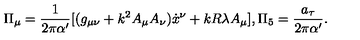
\Pi _ { \mu } = \frac { 1 } { 2 \pi \alpha ^ { \prime } } [ ( g _ { \mu \nu } + k ^ { 2 } A _ { \mu } A _ { \nu } ) { \dot { x } } ^ { \nu } + k R \lambda A _ { \mu } ] , \Pi _ { 5 } = \frac { a _ { \tau } } { 2 \pi { \alpha ^ { \prime } } } .